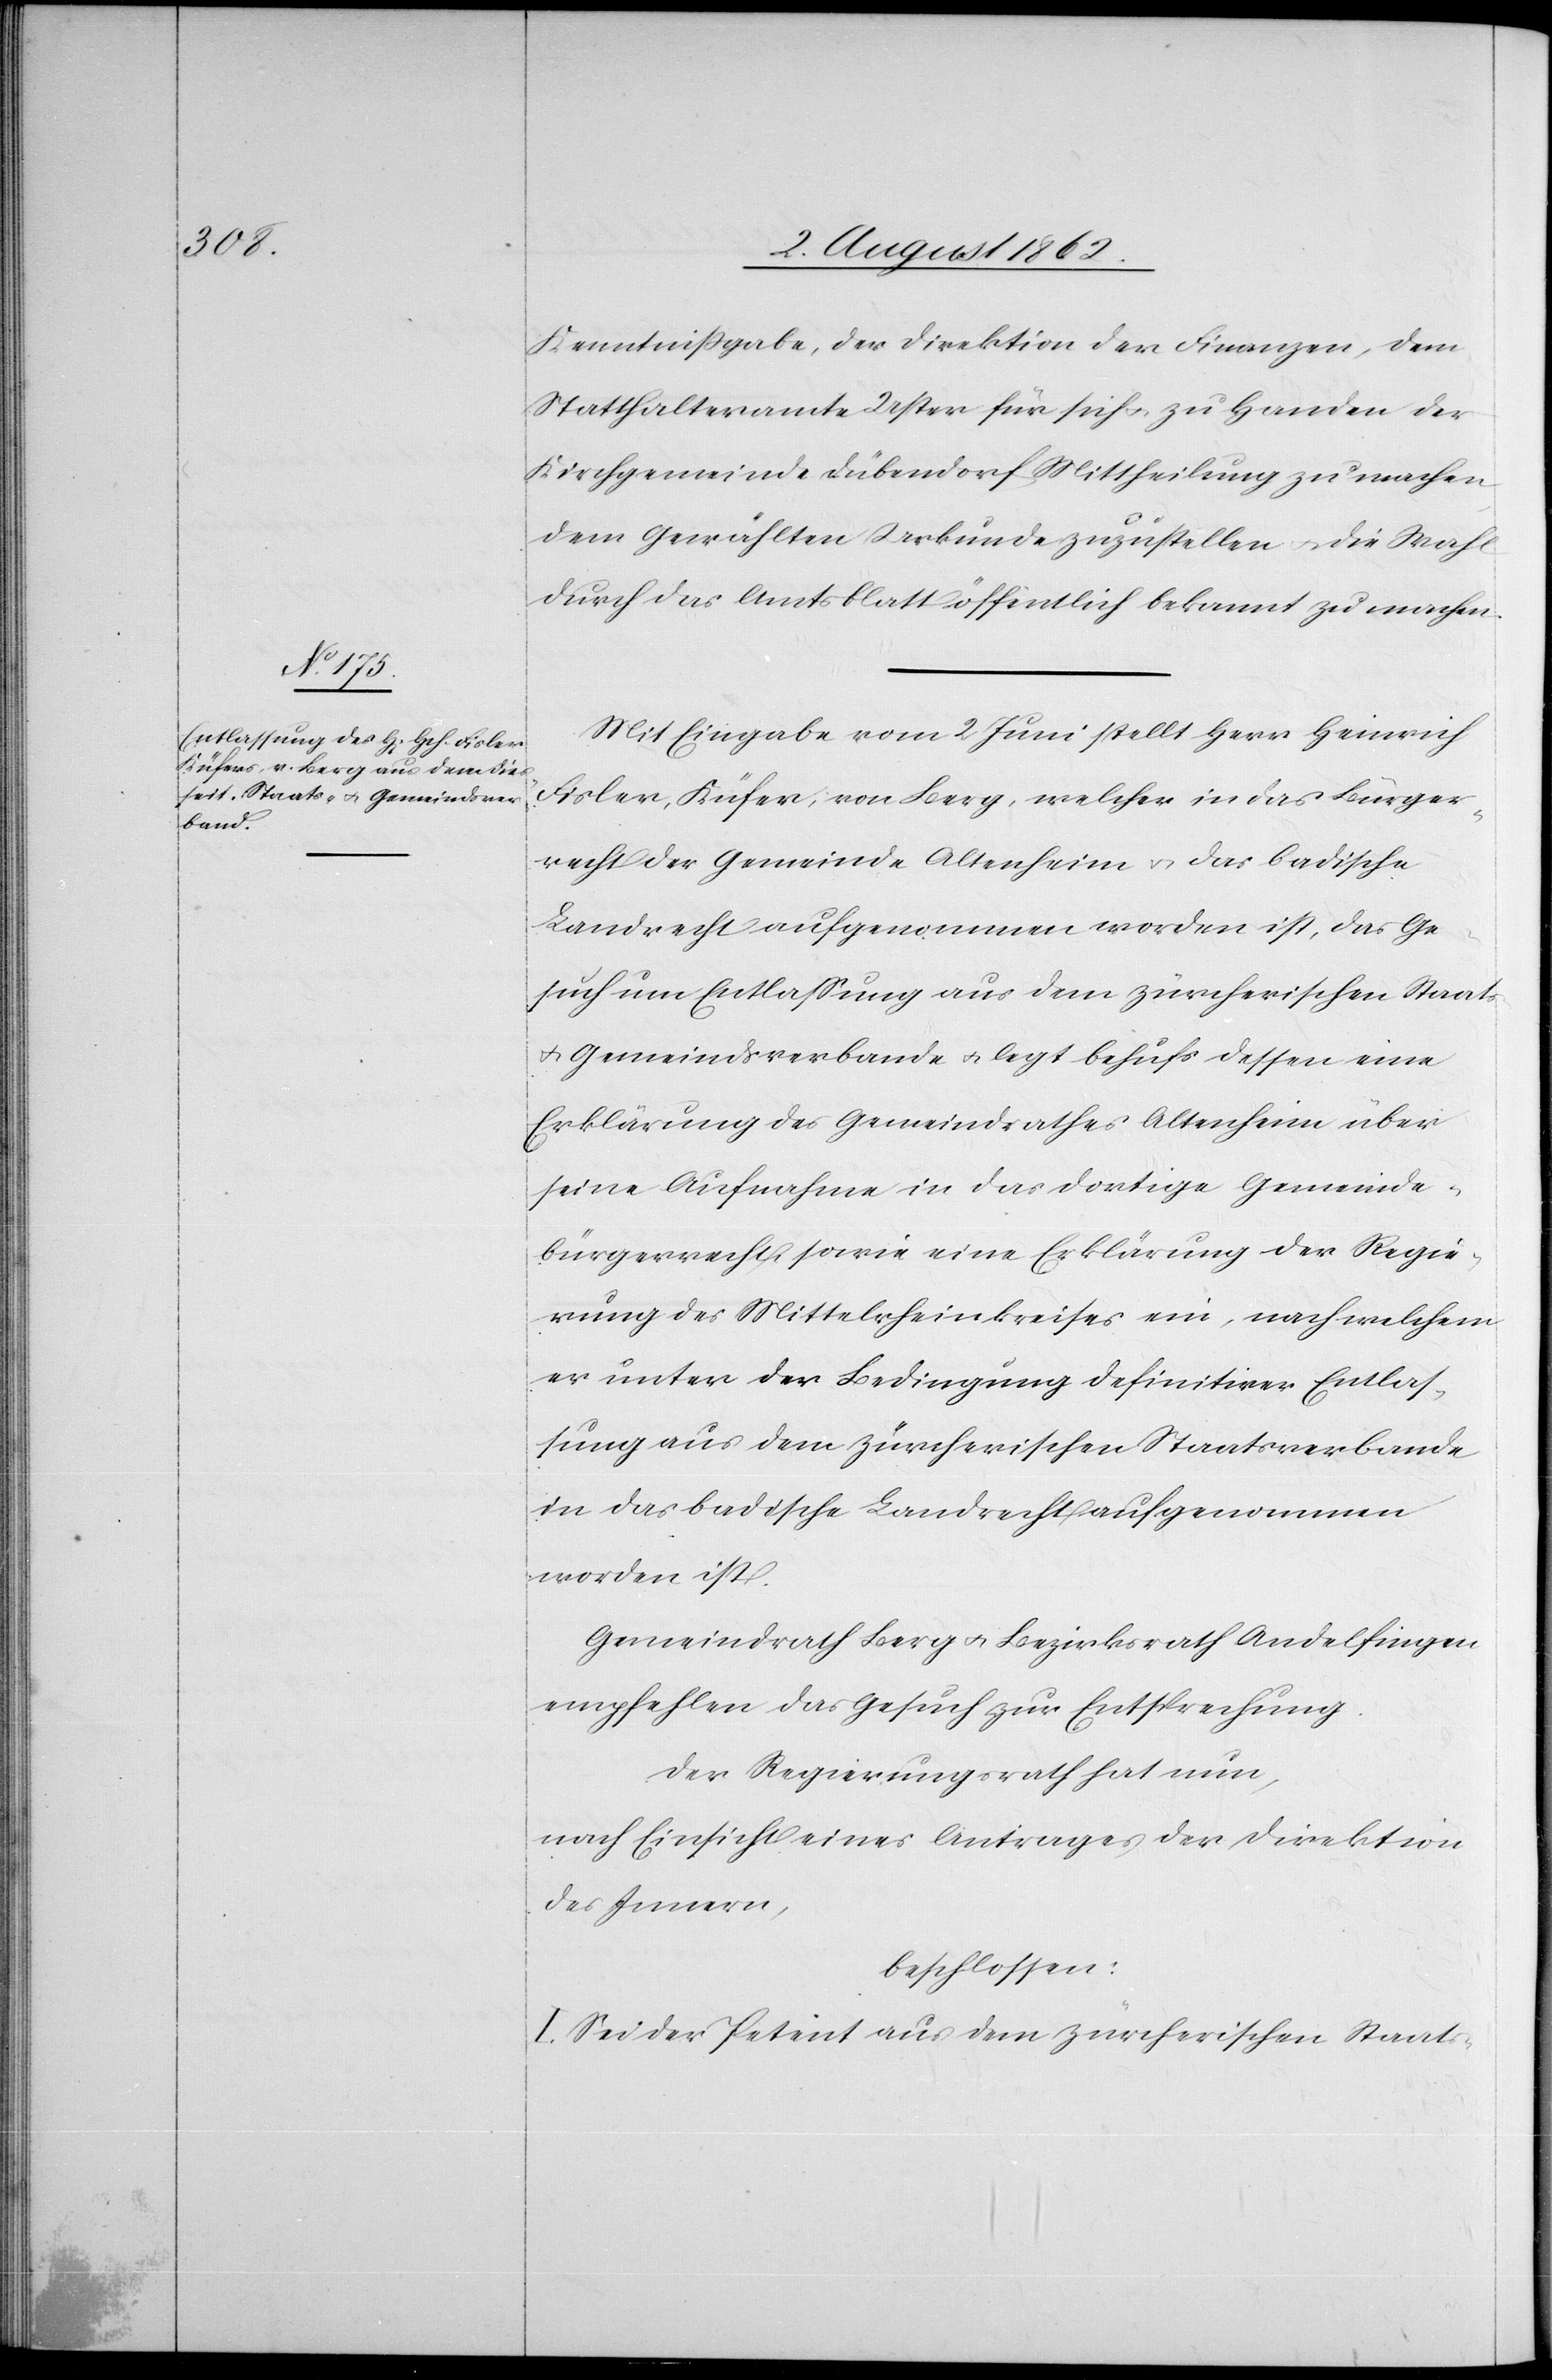
Kenntnißgabe, der Direktion der Finanzen, dem
Statthalteramte Uster für sich u. zu Handen der
Kirchgemeinde Dübendorf Mittheilung zu machen,
dem Gewählten Urkunde zuzustellen u. die Wahl
durch das Amtsblatt öffentlich bekannt zu machen.
Mit Eingabe vom 2. Juni stellt Herr Heinrich
Fisler, Küfer, von Berg, welcher in das Bürger¬
recht der Gemeinde Altenheim u. das badische
Landrecht aufgenommen worden ist, das Ge¬
such um Entlassung aus dem zürcherischen Staats-
u. Gemeindsverbande u. legt behufs dessen eine
Erklärung des Gemeindrathes Altenheim über
seine Aufnahme in das dortige Gemeinde¬
bürgerrecht sowie eine Erklärung der Regie¬
rung des Mittelrheinkreises ein, nach welchem
er unter der Bedingung definitiver Entlas¬
sung aus dem zürcherischen Staatsverbande
in das badische Landrecht aufgenommen
worden ist.
Gemeindrath Berg u. Bezirksrath Andelfingen
empfehlen das Gesuch zur Entsprechung.
Der Regierungsrath hat nun,
nach Einsicht eines Antrages der Direktion
des Innern,
beschlossen:
I. Sei der Petent aus dem zürcherischen Staats-